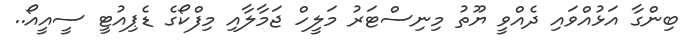
ބިންގާ އަޅުއްވައި ދެއްވީ ޔޫތު މިނިސްޓަރު މަލީހް ޖަމާލާއި މިފްކޯގެ ޑެޕިއުޓީ ސީއީއޯ..